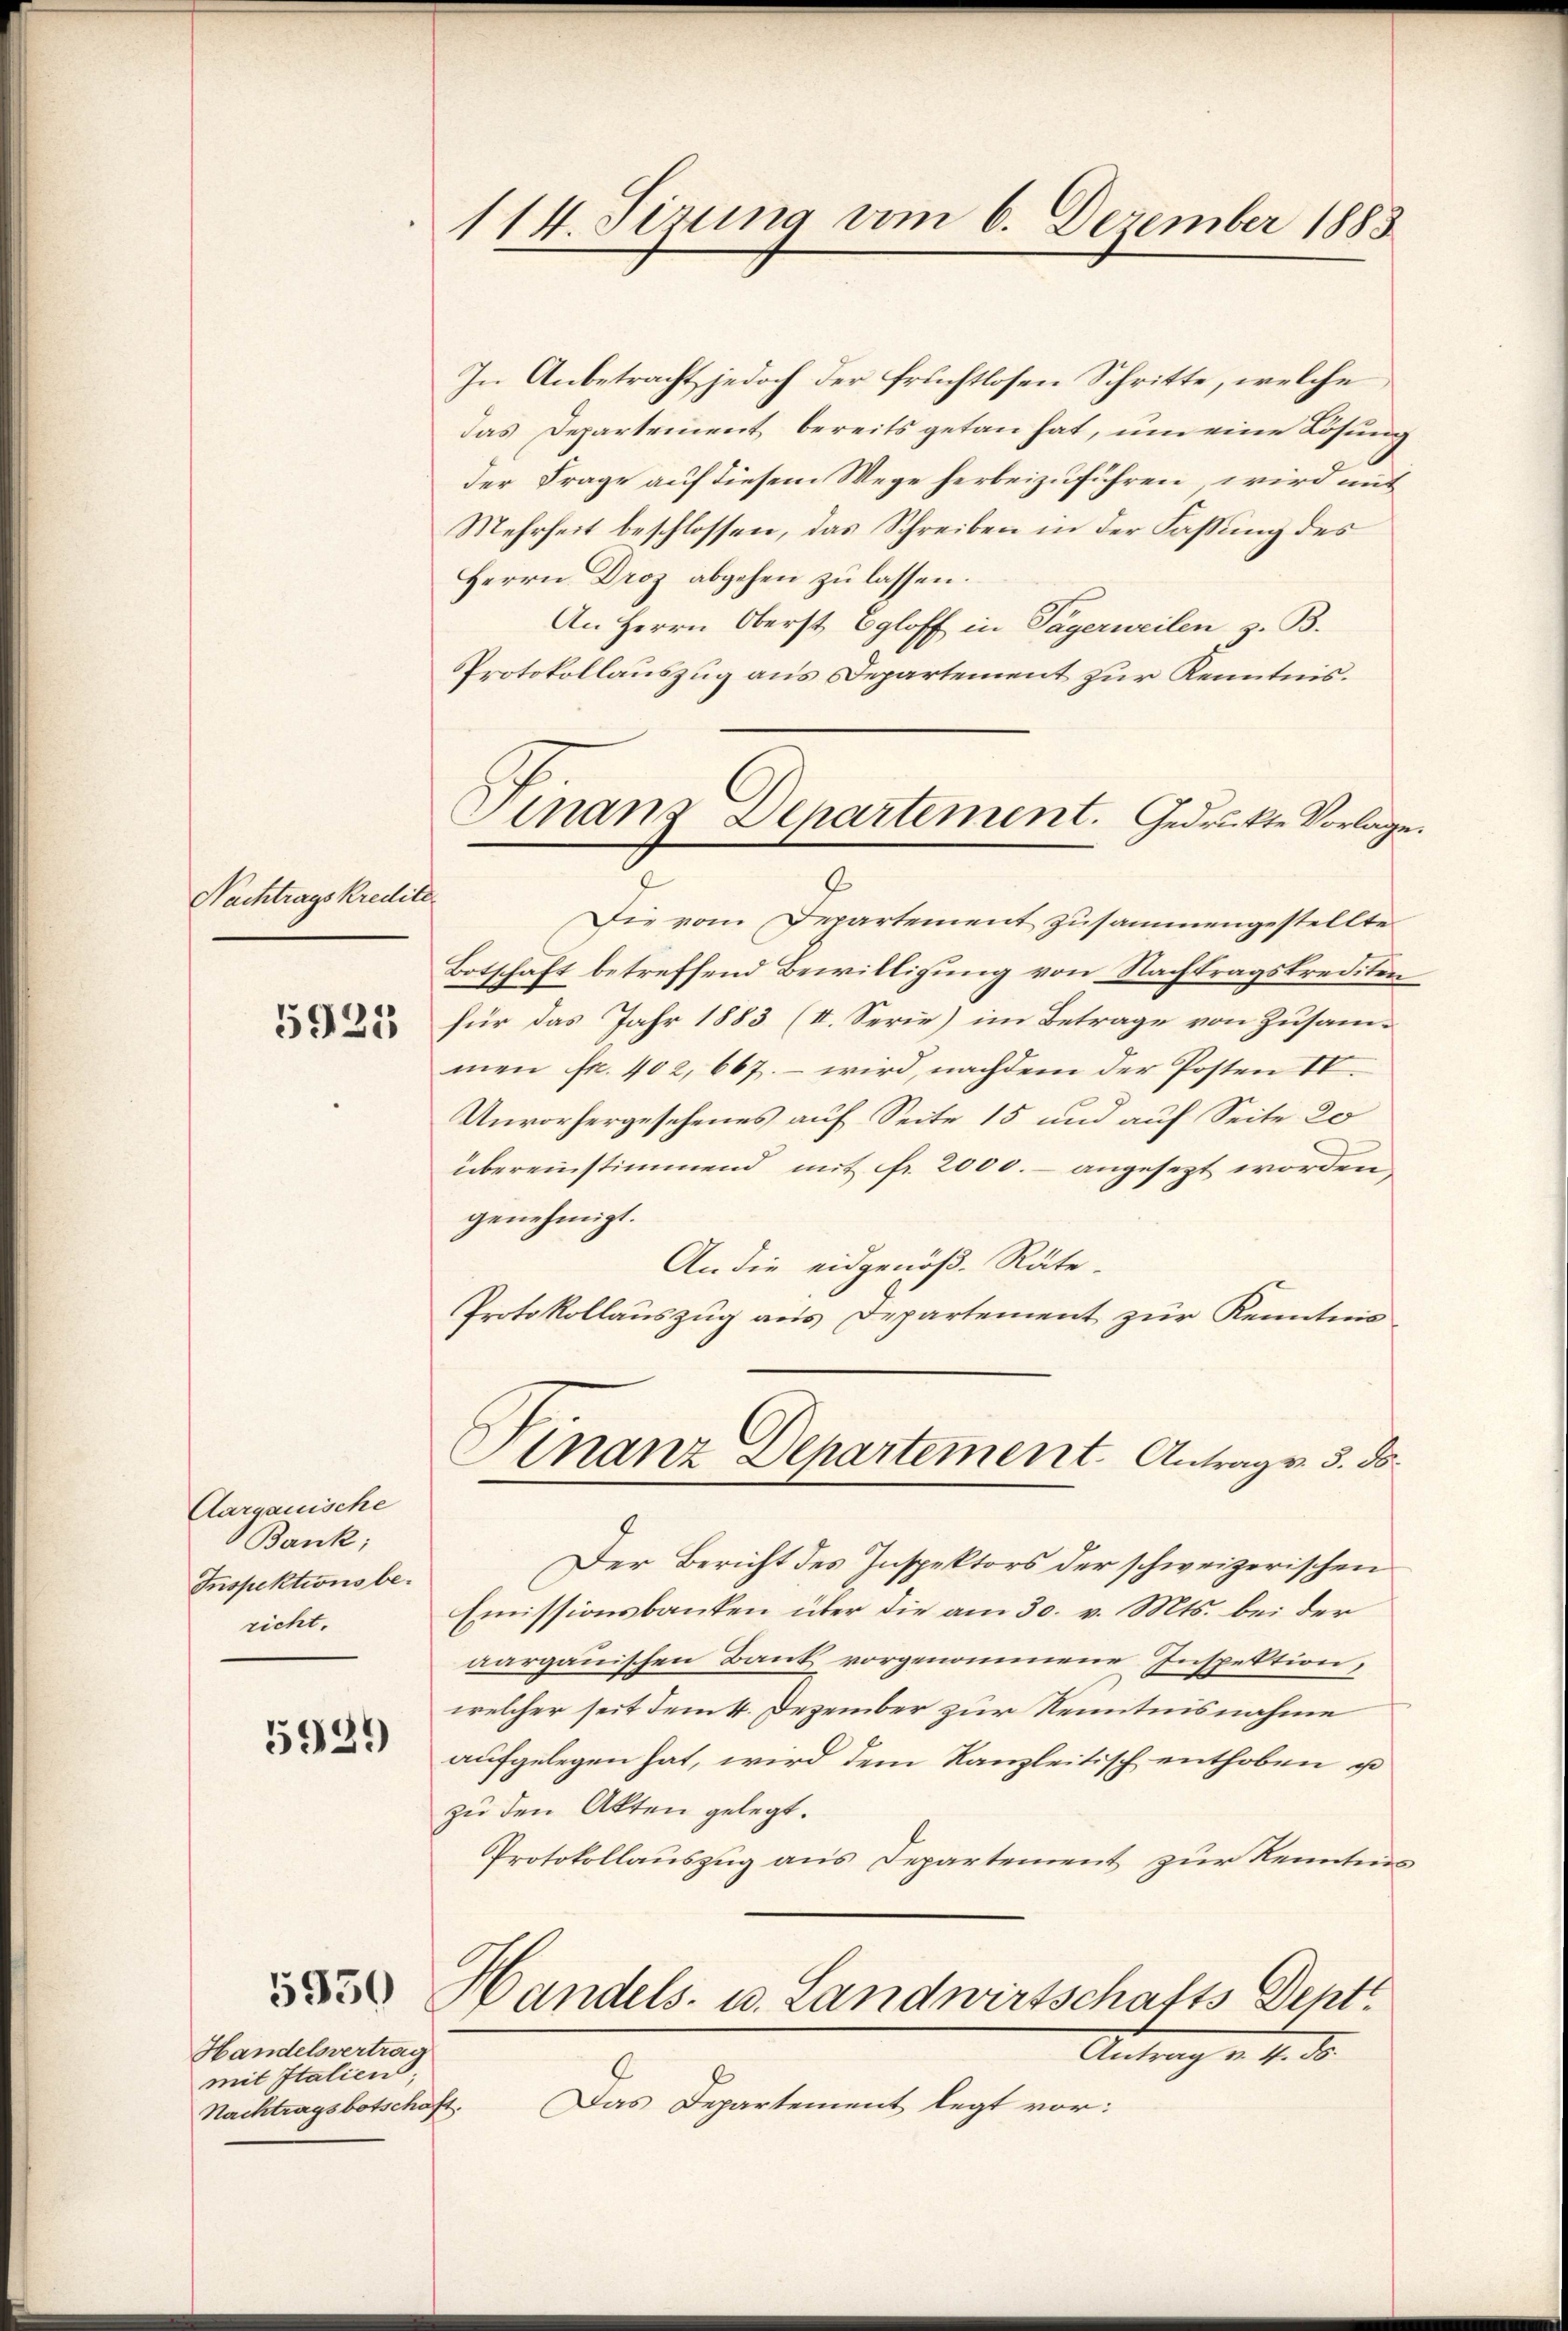
Nachtrags Kredite.

5923

Aargauische
Bank:
Inspektionsbericht.

5931)

Handelsvertrag
mit Italien
Nachtragsbotschaft.

.
114. Sizung vom 6. Dezember 1883

Finanz-Departement. Gedruckte Vorlage.
9

In Anbetracht jedoch der fruchtlosen Schritte, welche
das Departement bereits getan hat, um eine Lösung
der Frage auf diesem Wege herbeizuführen, wird mit
Mehrheit beschlossen, das Schreiben in der Fassung des
Herrn Droz abgehen zu lassen.
An Herrn Oberst Egloff in Tägerweilen z. B.
Protokollauszug aus Departement zur Kenntnis.
Die vom Departement zusammengestellte
Botschaft betreffend Bewilligung von Nachtragskrediten
für das Jahr 1883 (II. Serie) im Betrage von Zusammen fr. 402, 667. – wird, nachdem der Posten 1
Unvorhergesehenes auf Seite 15 und auf Seite 20
übereinstimmend mit fr. 2000.- angesezt worden,
genehmigt.
An die eidgenöß- Räte-
Protokollauszug aus Departement zur Kenntnis
Finanz Departement Antrags 3. ds.
Der Bericht des Inspektors der schweizerischen
Emissionsbanken über die am 30. v. Mts. bei der
aargauischen Bank vorgenommene Inspektion,
welcher seit dem 4. Dezember zur Kenntnisnahme
aufgelegen hat, wird dem Kanzleitisch enthoben u
zu den Akten gelegt.
Protokollauszug aus Departement zur Kenntnis
de Handels- u. Landwirtschafts Dent
Antrag v. 4. So
Das Departement legt vor: